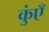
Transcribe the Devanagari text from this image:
कुंएँ